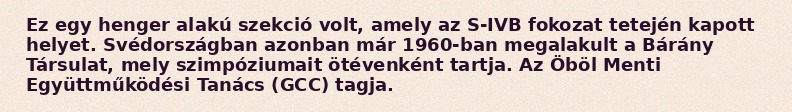
Ez egy henger alakú szekció volt, amely az S-IVB fokozat tetején kapott helyet. Svédországban azonban már 1960-ban megalakult a Bárány Társulat, mely szimpóziumait ötévenként tartja. Az Öböl Menti Együttműködési Tanács (GCC) tagja.